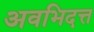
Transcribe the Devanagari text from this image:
अवभिदत्त